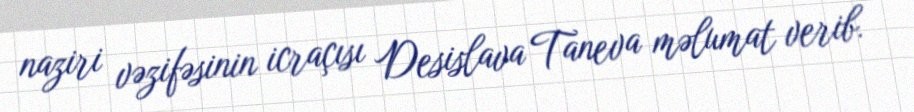
naziri vəzifəsinin icraçısı Desislava Taneva məlumat verib.